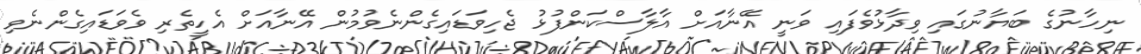
ނިހާނުގެ ބަޔާނުގައި ވިދާޅުވެފައި ވަނީ އޭނާއަށް އާލާސްކަންފުޅު ޖެހިވަޑައިގެންނެވުމުން އޭނާއަށް އެހީތެރި ވެވަޑައިގެންނެވި